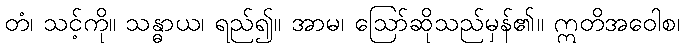
တံ၊ သင့်ကို။ သန္ဓာယ၊ ရည်၍။ အာမ၊ ဩော်ဆိုသည်မှန်၏။ ဣတိအဝေါစ၊